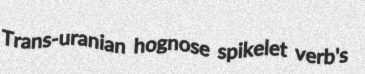
Trans-uranian hognose spikelet verb's